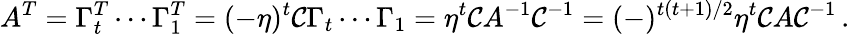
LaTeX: A^{T}=\Gamma_{t}^{T}\cdots\Gamma_{1}^{T}=(-\eta)^{t}{\cal C}\Gamma_{t}\cdots\Gamma_{1}=\eta^{t}{\cal C}A^{-1}{\cal C}^{-1}=(-)^{t(t+1)/2}\eta^{t}{\cal C}A{\cal C}^{-1}\, .